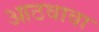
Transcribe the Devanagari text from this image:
आठवावा